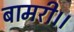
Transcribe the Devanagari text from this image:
बामरी।।